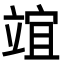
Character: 竩